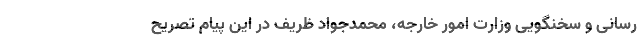
رسانی و سخنگویی وزارت امور خارجه، محمدجواد ظریف در این پیام تصریح